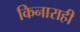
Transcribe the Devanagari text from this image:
किनाराही